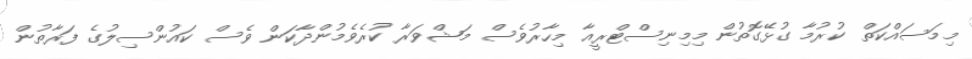
މިމަސައްކަތް ކުރުމާ ގުޅޭގޮތުން މިމިނިސްޓްރީއާ މިހާރުވެސް މަޝްވަރާ ކުރެވެމުންދާކަން ވެސް ކައުންސިލުގެ ފަރާތުން